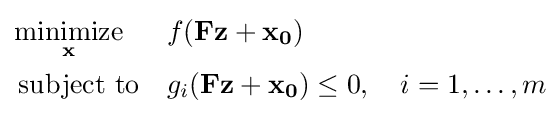
{\begin{aligned}&{\underset {\mathbf {x} }{\operatorname {minimize} }}&&f(\mathbf {F\mathbf {z} +\mathbf {x} _{0}} )\\&\operatorname {subject\ to} &&g_{i}(\mathbf {F\mathbf {z} +\mathbf {x} _{0}} )\leq 0,\quad i=1,\dots ,m\\\end{aligned}}